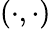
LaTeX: (\cdot,\cdot)